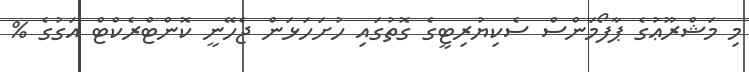
މި މަޝްރޫޢުގެ ޕާފޯމަންސް ސެކިޔުރިޓީގެ ގޮތުގައި ހުށަހަޅަން ޖެހޭނީ ކޮންޓްރެކްޓް އަގުގެ %